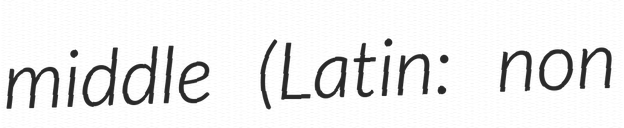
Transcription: middle (Latin: non